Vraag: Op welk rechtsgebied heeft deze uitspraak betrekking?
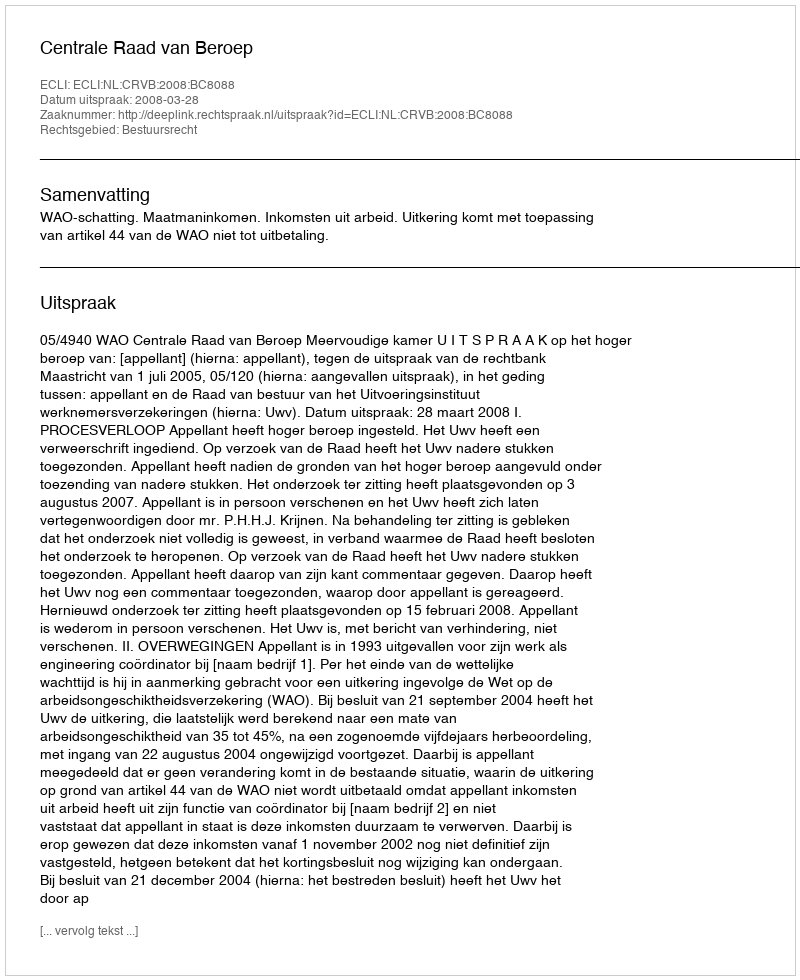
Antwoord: Bestuursrecht